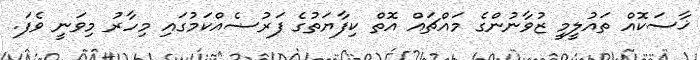
ޚާސަކޮއް ތައުލީމީ ޒުވާނުންގެ މައްޗައް އޮތް ކިފާޔަތުގެ ފަރުޟެއްކަމުގައި މިހާރު މިވަނީ ވެފަ.